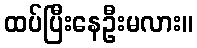
ထပ်ပြီးနေဦးမလား။